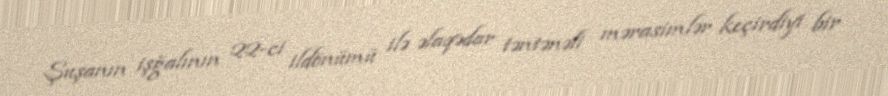
Şuşanın işğalının 22-ci ildönümü ilə əlaqədar təntənəli mərasimlər keçirdiyi bir